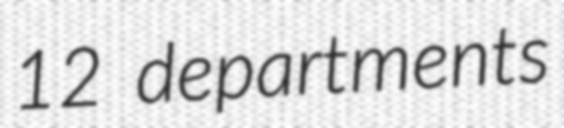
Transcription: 12 departments